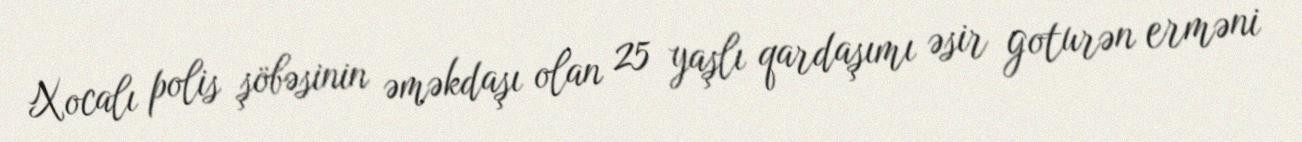
Xocalı polis şöbəsinin əməkdaşı olan 25 yaşlı qardaşımı əsir goturən erməni